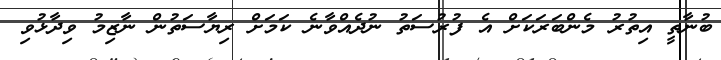
ބުނާތީ އިތުރު މެންބަރަކަށް އެ ފުރުސަތު ނުދެއްވާނެ ކަމަށް ރިޔާސަތުން ނާޒިމު ވިދާޅުވި